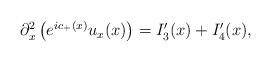
\begin{align*}\begin{aligned}\partial_x^2\left( e^{ic_+(x)}u_x(x) \right) & =I_3'(x)+I_4'(x),\end{aligned}\end{align*}